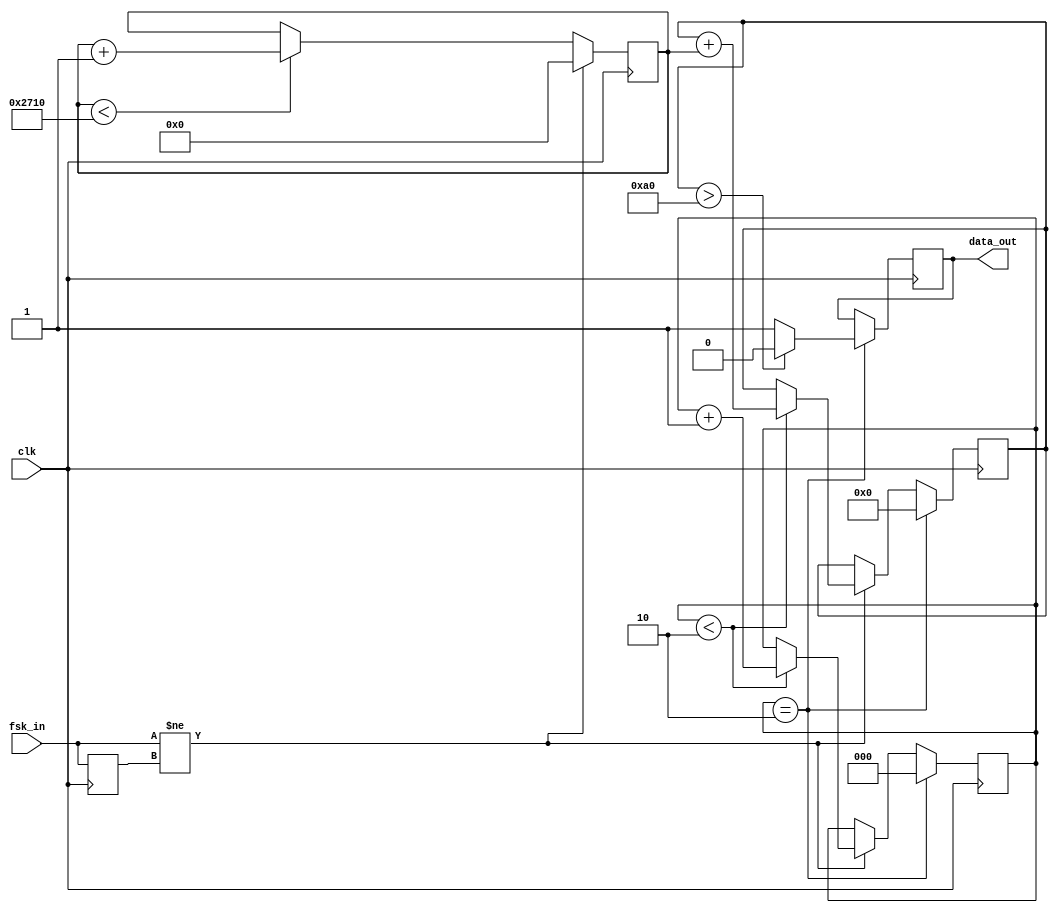
module fsk_demodulator(
    input clk,           // 
    input fsk_in,        // FSK
    output reg data_out  // 
);

// 
parameter COUNTER_MAX = 10000;  // 
parameter PERIODS_TO_MEASURE = 2;  // 
parameter THRESHOLD = 80 * PERIODS_TO_MEASURE;    // 
parameter PERIODS_NOISE = 10;  // 

// 
reg [13:0] counter = 0;         // 
reg fsk_in_last = 0;            // FSK
reg [14:0] period_sum = 0;      // 
reg [2:0] periods_measured = 0; // 

initial begin
	data_out = 0;
end

// FSK
always @(posedge clk) begin
    fsk_in_last <= fsk_in;
    
    if (fsk_in != fsk_in_last) begin
		if (periods_measured < PERIODS_TO_MEASURE) begin
			period_sum <= period_sum + counter;
			periods_measured <= periods_measured + 1;
		end
		counter <= 0;
    end else begin
        if (counter < COUNTER_MAX) begin
            counter <= counter + 1;
        end
    end

    if (periods_measured == PERIODS_TO_MEASURE) begin
        if (period_sum > THRESHOLD) begin
            data_out <= 0;  // 0
        end else begin
            data_out <= 1;  // 1
        end
        // 
        period_sum <= 0;
        periods_measured <= 0;
    end
end

endmodule